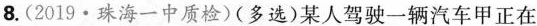
8. (2019 · 珠海一中质检)(多选)某人驾驶一辆汽车甲正在